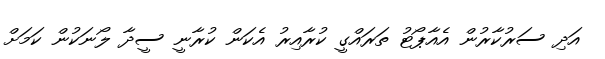
އަދި ސަރުކާރުން އެއާޕޯޓު ތަރައްގީ ކުރާއިރު އެކަން ކުރާނީ ސީދާ ލޯނަކުން ކަމަށް